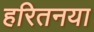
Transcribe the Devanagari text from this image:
हरितनया